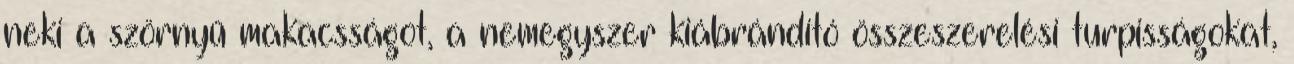
neki a szörnyű makacsságot, a nemegyszer kiábrándító összeszerelési turpisságokat,